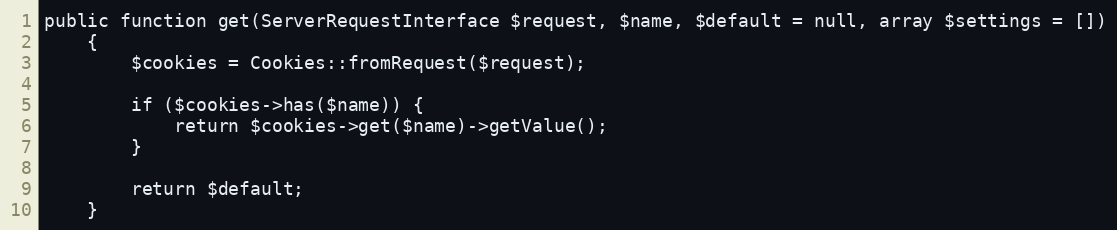
Language: PHP
public function get(ServerRequestInterface $request, $name, $default = null, array $settings = [])
    {
        $cookies = Cookies::fromRequest($request);

        if ($cookies->has($name)) {
            return $cookies->get($name)->getValue();
        }

        return $default;
    }